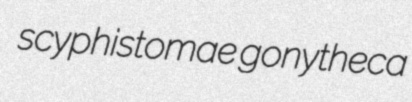
scyphistomae gonytheca